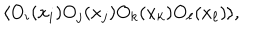
LaTeX: \langle O _ { i } ( x _ { i } ) O _ { j } ( x _ { j } ) O _ { k } ( x _ { k } ) O _ { \ell } ( x _ { \ell } ) \rangle ,